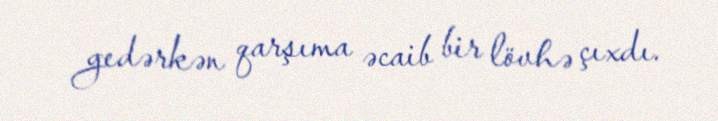
gedərkən qarşıma əcaib bir lövhə çıxdı.